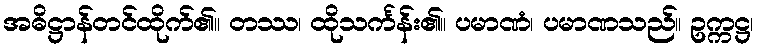
အဓိဋ္ဌာန်တင်ထိုက်၏။ တဿ၊ ထိုသင်္ကန်း၏။ ပမာဏံ၊ ပမာဏသည်။ ဥက္ကဋ္ဌ၊